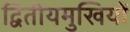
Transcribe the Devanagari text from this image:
द्वितीयमुखियों